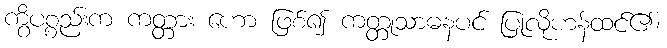
ကွိပစ္စည်းက ကတ္တား ဟော ဖြစ်၍ ကတ္တုသာဓနပင် ပြုလိုဟန်ထင်၏၊